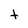
Character: t